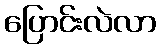
ပြောင်းလဲလာ